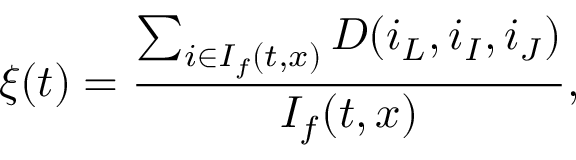
\xi ( t ) = \frac { \sum _ { i \in I _ { f } ( t , x ) } D ( i _ { L } , i _ { I } , i _ { J } ) } { I _ { f } ( t , x ) } ,